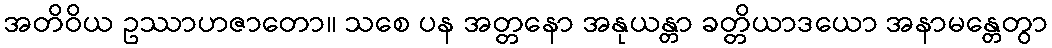
အတိဝိယ ဥဿာဟဇာတော။ သစေ ပန အတ္တနော အနုယန္တာ ခတ္တိယာဒယော အနာမန္တေတွာ